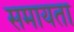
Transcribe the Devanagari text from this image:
समायता